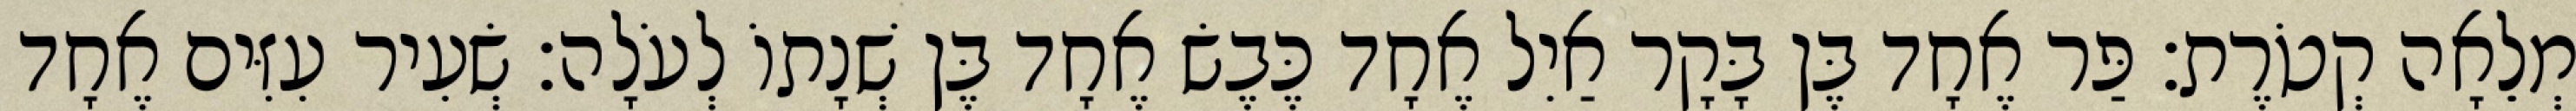
מְלֵאָה קְטֹרֶת׃ פַּר אֶחָד בֶּן בָּקָר אַיִל אֶחָד כֶּבֶשׂ אֶחָד בֶּן שְׁנָתוֹ לְעֹלָה׃ שְׂעִיר עִזִּים אֶחָד